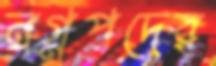
নগ্নপদের